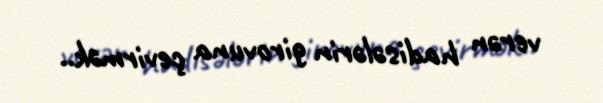
verən hadisələrin girovuna çevirmək..